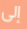
إلى